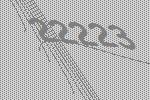
22223